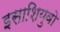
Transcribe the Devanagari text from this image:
इसाशियुवो